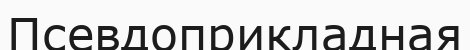
Псевдоприкладная